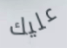
عليك